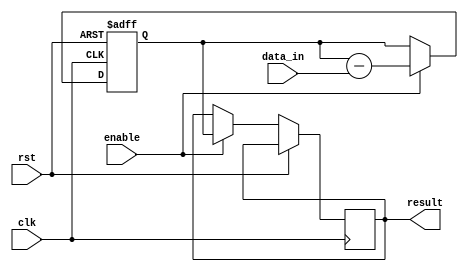
module ParallelAccumulator (
    input wire clk,
    input wire rst,
    input wire [7:0] data_in,
    input wire enable,
    output reg [15:0] result
);

reg [15:0] accumulator;

always @(posedge clk or posedge rst) begin
    if (rst)
        accumulator <= 16'b0;
    else if (enable) begin
        // Arithmetic block 1: Addition
        accumulator <= accumulator + {8'b0, data_in};

        // Arithmetic block 2: Subtraction
        accumulator <= accumulator - {8'b0, data_in};

        // Additional arithmetic blocks can be added here

        // Accumulator unit
        result <= accumulator;
    end
end

endmodule